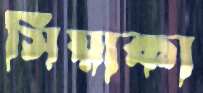
সিয়াকা